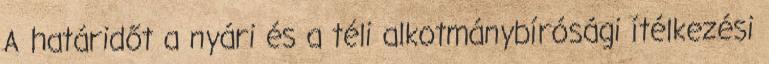
A határidőt a nyári és a téli alkotmánybírósági ítélkezési